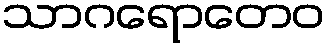
သာဂရောတေဝ